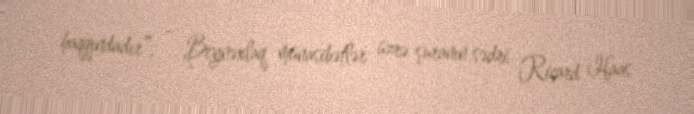
haqqındadır”, - Beynəxlaq münasibətlər üzrə şuranın sədri Riçard Haas